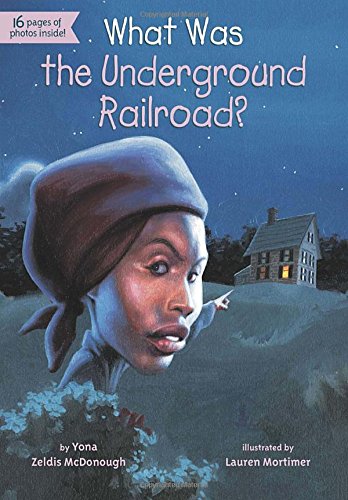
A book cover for What Was the Underground Railroad?; Yona Zeldis McDonough; Children's Books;